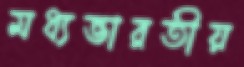
মধ্যভারতীয়